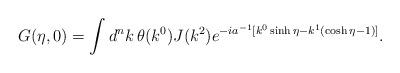
LaTeX: \begin{align*}G(\eta,0)=\int d^nk\, \theta(k^0) J(k^2)e^{-ia^{-1}[k^0\sinh\eta -k^1(\cosh\eta-1)]}.\end{align*}